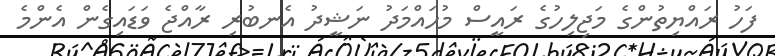
ފަހު ރައްޔިތުންގެ މަޖިލިހުގެ ރައީސް މުހައްމަދު ނަޝީދު އެނބުރި ރާއްޖެ ވަޑައިގެން އެންމެ